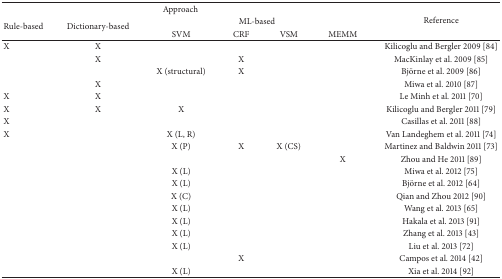
| <COLSPAN=6> Approach | <ROWSPAN=3> Reference |
 | <ROWSPAN=2> Rule-based | <ROWSPAN=2> Dictionary-based | <COLSPAN=4> ML-based |
 | SVM | CRF | VSM | MEMM |
 | --- | --- | --- | --- | --- | --- | --- |
 | X | X |  |  |  |  | Kilicoglu and Bergler 2009 [84] |
 |  | X |  | X |  |  | MacKinlay et al. 2009 [85] |
 |  |  | X (structural) | X |  |  | Björne et al. 2009 [86] |
 |  | X |  |  |  |  | Miwa et al. 2010 [87] |
 | X | X |  |  |  |  | Le Minh et al. 2011 [70] |
 | X | X | X |  |  |  | Kilicoglu and Bergler 2011 [79] |
 | X |  |  |  |  |  | Casillas et al. 2011 [88] |
 | X |  | X (L, R) |  |  |  | Van Landeghem et al. 2011 [74] |
 |  |  | X (P) | X | X (CS) |  | Martinez and Baldwin 2011 [73] |
 |  |  |  |  |  | X | Zhou and He 2011 [89] |
 |  |  | X (L) |  |  |  | Miwa et al. 2012 [75] |
 |  |  | X (L) |  |  |  | Björne et al. 2012 [64] |
 |  |  | X (C) |  |  |  | Qian and Zhou 2012 [90] |
 |  |  | X (L) |  |  |  | Wang et al. 2013 [65] |
 |  |  | X (L) |  |  |  | Hakala et al. 2013 [91] |
 |  |  | X (L) |  |  |  | Zhang et al. 2013 [43] |
 |  |  | X (L) |  |  |  | Liu et al. 2013 [72] |
 |  |  |  | X |  |  | Campos et al. 2014 [42] |
 |  |  | X (L) |  |  |  | Xia et al. 2014 [92] |